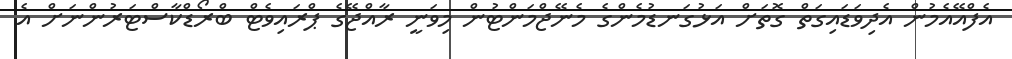
އެފްއޭއެމުން އެދިވަޑައިގަތް ގޮތަށް އަޅުގަނޑުމެންގެ މެނޭޖްމަންޓުން މިވަނީ ރާއްޖޭގެ ޕްރައިވެޓް ބްރޯޑްކާސްޓަރުންނަށް އެ